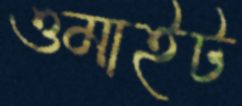
ওমাইট